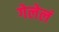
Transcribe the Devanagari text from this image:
गेलेलं